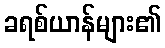
ခရစ်ယာန်များ၏